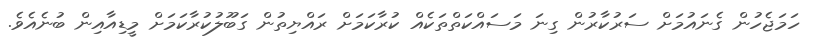
ހަމަޖެހުން ގެނައުމަށް ސަރުކާރުން ގިނަ މަސައްކަތްތަކެއް ކުރާކަމަށް ރައްޔިތުން ގަބޫލުކުރާކަމަށް މީޑިއާއިން ބުނެއެވެ.